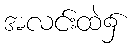
အလင်းထဲ၌